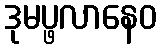
ဒုမပ္ဖလာနေဝ